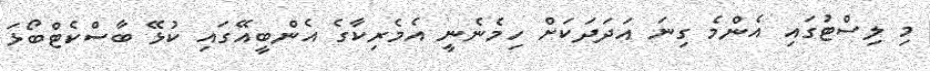
މި ލިސްޓުގައި އެންމެ ގިނަ އަދަދަކަށް ހިމެނެނީ އެމެރިކާގެ އެންބީއޭގައި ކުޅޭ ބާސްކެޓްބޯޅަ